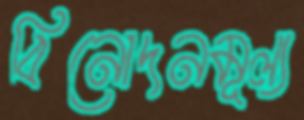
বিনোদনমূল্য